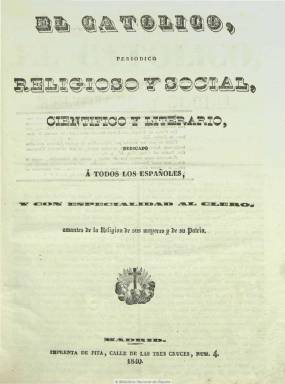
Título: El Católico (Madrid)
Otros títulos: La Voz del católico
Colección: Periódicos
Ámbito geográfico: Madrid
Lugar de publicación: Madrid
Fechas: 01/03/1840-14/08/1857

Primer periódico de afiliación carlista, que aparece exactamente seis meses después del conocido “abrazo” de Vergara entre Espartero y Maroto, que había dado fin a la primera guerra carlista (1833-1839), y que comienza a publicarse el uno de marzo de 1840. “No puede haber sociedad sin religión, ni puede haber más de una religión verdadera” es la primera frase que aparece en su primer número, lo que da idea de la ideología que sustentará este periódico católico militante, representante del absolutismo teocrático, y que aunque señale que “no tendrá ningún color político”, al poco tiempo de su aparición se dedicará a divulgar artículos y documentos de matiz legitimista, mostrándose partidario del conde de Montemolín, primogénito del pretendiente don Carlos, como consorte de Isabel II, al igual que el resto de los periódicos de la misma cuerda ideológica que se editan en este periodo.

Se subtitulará “periódico religioso y social, científico y literario, dedicado a todos los españoles, y con especialidad al clero, amantes de la religión de sus mayores y de su patria”. Aparecerá en números de ocho páginas y foliación continuada anual, con una frecuencia diaria, aunque después hará una edición conjunta para sábado y domingo, e insertará artículos de fondo sobre religión católica, sus dogmas y relaciones sociales, pero también secciones de crónica política, extranjera y del reino, generalmente con noticias extractadas de otros periódicos, crónica parlamentaria o de Cortes, así como una dedicada a Madrid, noticias oficiales (decretos, reales órdenes, circulares, etc.), bolsa de Madrid, un boletín eclesiástico y una gacetilla devota, variedades y anuncios, que a veces ocuparán la última plana completa, de bibliografía y de tipo comercial, etc.

Del 5 al 23 de mayo de 1852 dejará de editarse tras la publicación de un nuevo decreto de imprenta que restringe la salida de periódicos de carácter político y religioso, y el 24 de mayo reaparece bajo el título de La voz de El católico, subtitulado “”periódico científico y literario”, hasta que el 25 de diciembre de ese mismo año recupera su cabecera original.

Su director fue Manuel Santiago Moreno y Sacristán, entre sus colaboradores estuvieron los sacerdotes Juan Gonzalo Medel, Domingo Hevía, Antolín Monescillo y Viso, y los seglares Agustín Blat y José María Cuadrada. Contó con imprenta propia, varió su formato, fue compuesto a dos y tres columnas, y entre sus editores responsables aparecieron F.F. Fernández, José Lumbreres y Gregorio María de Pantojall. Este lo pudo estar dirigiendo durante su cambio de cabecera.

Dedicado de manera más especial, según el propio Jaime Balmes, a los temas católicos que La esperanza (1844-1874), el otro correligionario absolutista que pronto se había convertido en el más importante órgano de prensa del carlismo en su lucha contra el liberalismo, El católico, que después se subtitulará “periódico religioso y monárquico” y llegará a sortear el bienio progresista, desaparecerá el 14 de agosto de 1857, víctima, entre otras causas, de la nueva ley de imprenta del unionista Cándido Nocedal, considerada como la más restrictiva del reinado isabelino.